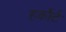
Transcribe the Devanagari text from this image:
हर्कोर्ट